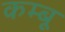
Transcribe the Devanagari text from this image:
कम्बू